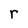
Character: r